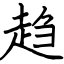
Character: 趋